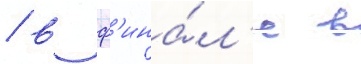
/ в ф'ина́л'е в